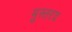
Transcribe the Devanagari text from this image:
मुस्तरद